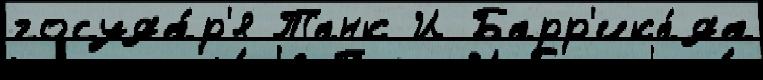
госуда́р'я Танк И Барр'ика́да